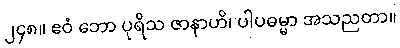
၂၄၈။ ဧဝံ ဘော ပုရိသ ဇာနာဟိ၊ ပါပဓမ္မာ အသညတာ။